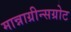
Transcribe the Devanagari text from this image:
मान्नाग्रीन्सग्रोट